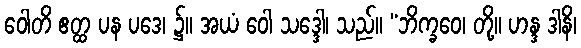
ဝေါတိ ဧတ္ထ ပန ပဒေ၊ ၌။ အယံ ဝေါ သဒ္ဒေါ၊ သည်။ “ဘိက္ခဝေ၊ တို့။ ဟန္ဒ ဒါနိ၊